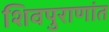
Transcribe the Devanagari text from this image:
शिवपुराणांत